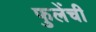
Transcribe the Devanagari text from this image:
फुलेंची